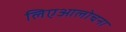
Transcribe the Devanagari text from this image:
लिएआलोचना